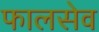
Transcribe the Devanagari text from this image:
फालसेव